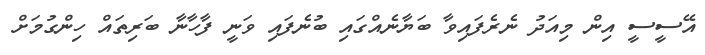
އޭސީސީ އިން މިއަދު ނެރެފައިވާ ބަޔާނެއްގައި ބުނެފައި ވަނީ ފާހާނާ ބަރިތައް ހިންގުމަށް